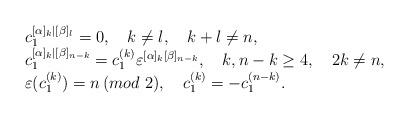
LaTeX: \begin{align*}\begin{array}{l}c_1^{[\alpha]_k|[\beta]_l}=0,\quad k\neq l,\quad k+l\neq n, \\c_1^{[\alpha]_k|[\beta]_{n-k}}=c_1^{(k)}\varepsilon^{[\alpha]_k[\beta]_{n-k}},\quad k,n-k\ge4,\quad 2k\neq n, \\\varepsilon(c_1^{(k)})=n\,(mod\,\,2),\quad c_1^{(k)}=-c_1^{(n-k)}.\end{array}\end{align*}